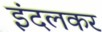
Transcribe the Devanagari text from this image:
इंदलकर